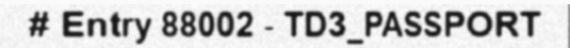
# Entry 88002 - TD3_PASSPORT